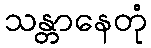
သန္တာနေတုံ